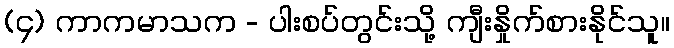
(၄) ကာကမာသက - ပါးစပ်တွင်းသို့ ကျီးနှိုက်စားနိုင်သူ။